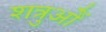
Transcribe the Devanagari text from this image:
शत्रुओें